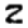
Digit: 2